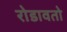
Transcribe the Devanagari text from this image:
रोडावतो